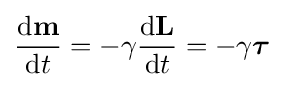
{\frac {\mathrm {d} \mathbf {m} }{\mathrm {d} t}}=-\gamma {\frac {\mathrm {d} \mathbf {L} }{\mathrm {d} t}}=-\gamma {\boldsymbol {\tau }}